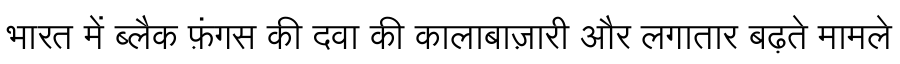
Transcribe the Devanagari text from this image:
भारत में ब्लैक फ़ंगस की दवा की कालाबाज़ारी और लगातार बढ़ते मामले